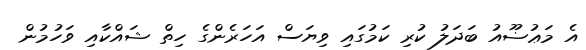
އެ މަޢުޟޫއު ބަދަލު ކުރި ކަމުގައި ވިޔަސް އަހަރެންގެ ހިތް ޝައްކާއި ވަހުމުން